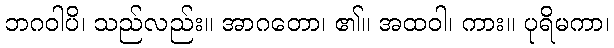
ဘဂဝါပိ၊ သည်လည်း။ အာဂတော၊ ၏။ အထဝါ၊ ကား။ ပုရိမကာ၊